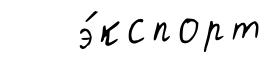
э́кспорт